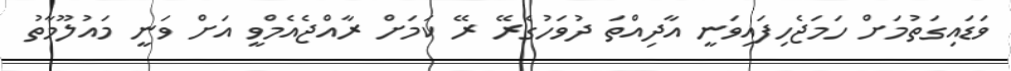
ވަޑައިގަތުމަށް ހަމަޖެހިފައިވަނީ އާދިއްތަ ދުވަހުގެރޭ ރޭ ކަމަށް ރާއްޖެއެމްވީ އަށް ވަނީ މައުލޫމާތު